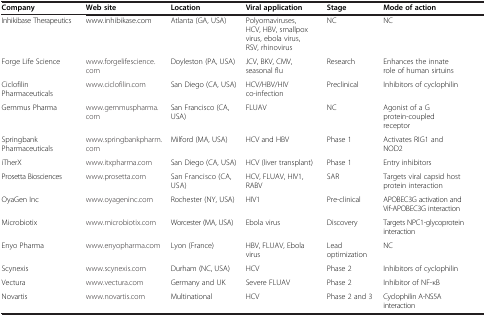
<table><thead><tr><td><b>Company</b></td><td><b>Web site</b></td><td><b>Location</b></td><td><b>Viral application</b></td><td><b>Stage</b></td><td><b>Mode of action</b></td></tr></thead><tbody><tr><td>Inhikibase Therapeutics</td><td>www.inhibikase.com</td><td>Atlanta (GA, USA)</td><td>Polyomaviruses, HCV, HBV, smallpox virus, ebola virus, RSV, rhinovirus</td><td>NC</td><td>NC</td></tr><tr><td>Forge Life Science</td><td>www.forgelifescience.com</td><td>Doyleston (PA, USA)</td><td>JCV, BKV, CMV, seasonal flu</td><td>Research</td><td>Enhances the innate role of human sirtuins</td></tr><tr><td>Ciclofilin Pharmaceuticals</td><td>www.ciclofilin.com</td><td>San Diego (CA, USA)</td><td>HCV/HBV/HIV co-infection</td><td>Preclinical</td><td>Inhibitors of cyclophilin</td></tr><tr><td>Gemmus Pharma</td><td>www.gemmuspharma.com</td><td>San Francisco (CA, USA)</td><td>FLUAV</td><td>NC</td><td>Agonist of a G protein-coupled receptor</td></tr><tr><td>Springbank Pharmaceuticals</td><td>www.springbankpharm.com</td><td>Milford (MA, USA)</td><td>HCV and HBV</td><td>Phase 1</td><td>Activates RIG1 and NOD2</td></tr><tr><td>iTherX</td><td>www.itxpharma.com</td><td>San Diego (CA, USA)</td><td>HCV (liver transplant)</td><td>Phase 1</td><td>Entry inhibitors</td></tr><tr><td>Prosetta Biosciences</td><td>www.prosetta.com</td><td>San Francisco (CA, USA)</td><td>HCV, FLUAV, HIV1, RABV</td><td>SAR</td><td>Targets viral capsid host protein interaction</td></tr><tr><td>OyaGen Inc</td><td>www.oyageninc.com</td><td>Rochester (NY, USA)</td><td>HIV1</td><td>Pre-clinical</td><td>APOBEC3G activation and Vif-APOBEC3G interaction</td></tr><tr><td>Microbiotix</td><td>www.microbiotix.com</td><td>Worcester (MA, USA)</td><td>Ebola virus</td><td>Discovery</td><td>Targets NPC1-glycoprotein interaction</td></tr><tr><td>Enyo Pharma</td><td>www.enyopharma.com</td><td>Lyon (France)</td><td>HBV, FLUAV, Ebola virus</td><td>Lead optimization</td><td>NC</td></tr><tr><td>Scynexis</td><td>www.scynexis.com</td><td>Durham (NC, USA)</td><td>HCV</td><td>Phase 2</td><td>Inhibitors of cyclophilin</td></tr><tr><td>Vectura</td><td>www.vectura.com</td><td>Germany and UK</td><td>Severe FLUAV</td><td>Phase 2</td><td>Inhibitor of NF-κB</td></tr><tr><td>Novartis</td><td>www.novartis.com</td><td>Multinational</td><td>HCV</td><td>Phase 2 and 3</td><td>Cyclophilin A-NS5A interaction</td></tr></tbody></table>